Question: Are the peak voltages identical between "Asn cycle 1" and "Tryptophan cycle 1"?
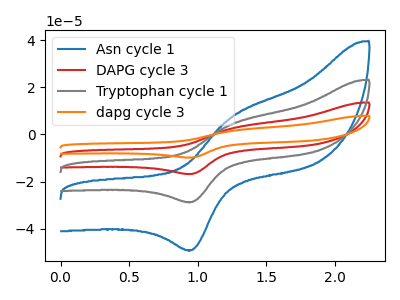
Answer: <think>The blue curve "Asn cycle 1" has an anodic peak at (1.25V, 7.40uA) and a cathodic peak at (0.95V, -49.05uA). The red curve "DAPG cycle 3" has an anodic peak at (1.25V, 8.65uA) and a cathodic peak at (0.95V, -57.40uA). The gray curve "Tryptophan cycle 1" has an anodic peak at (1.25V, 4.30uA) and a cathodic peak at (0.95V, -28.70uA). The orange curve "dapg cycle 3" has an anodic peak at (1.25V, 12.95uA) and a cathodic peak at (0.95V, -86.05uA).</think>
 <answer>Yes, "Asn cycle 1" have a peak in "Tryptophan cycle 1" at the same potential.</answer>
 <eval>match</eval>